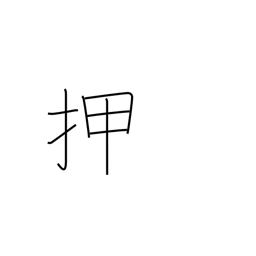
Meaning: shove